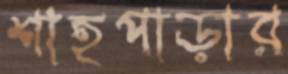
শাহপাড়ার